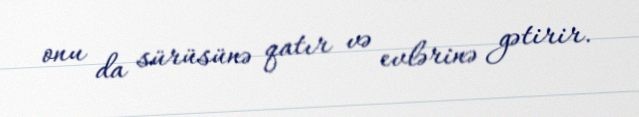
onu da sürüsünə qatır və evlərinə gətirir.